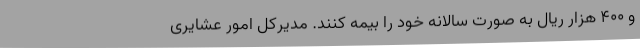
و 400 هزار ریال به صورت سالانه خود را بیمه کنند. مدیرکل امور عشایری